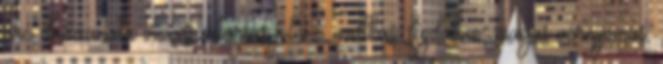
arc duzzanata vízvisszatartás jelei - mellkasi fájdalom, magas vérnyomás,